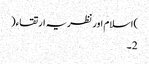
)اسلام اور نظریہ ارتقاء(
2۔